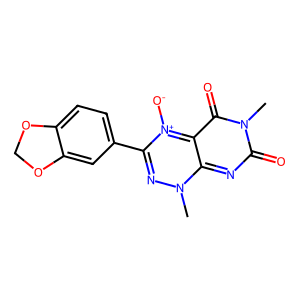
SMILES: Cn1nc(-c2ccc3c(c2)OCO3)[n+]([O-])c2c(=O)n(C)c(=O)nc1-2
Inhibits HIV replication: No